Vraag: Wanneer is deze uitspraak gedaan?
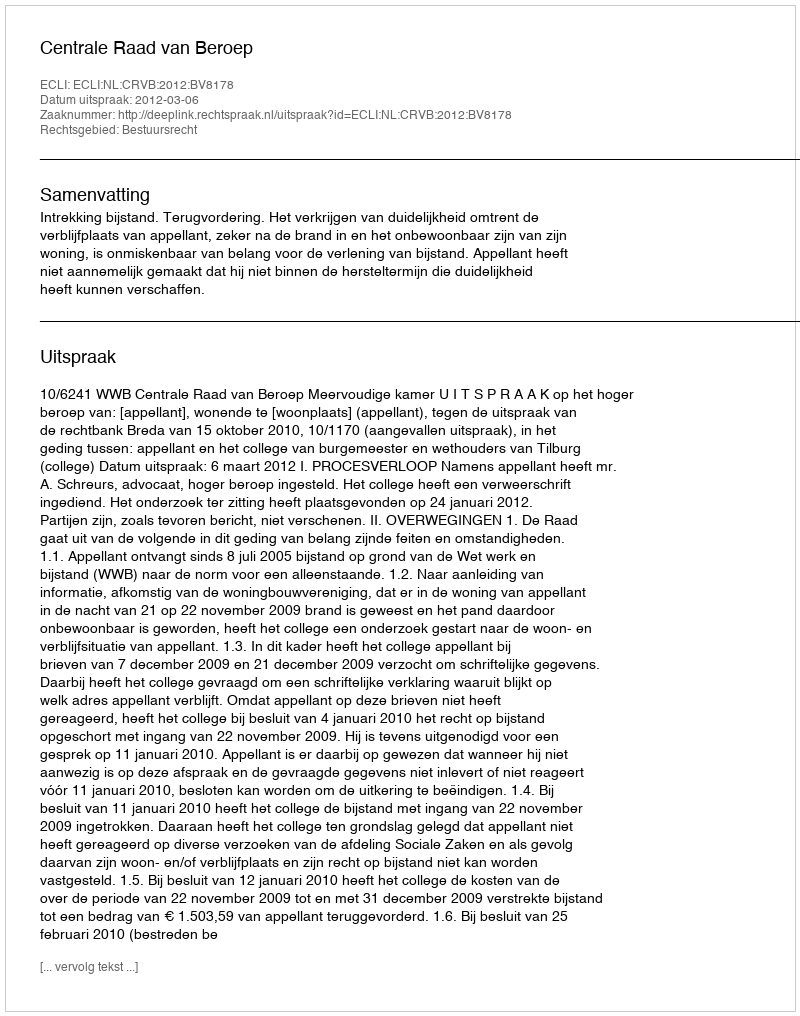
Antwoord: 2012-03-06